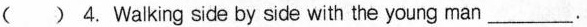
( ) 4. Walking side by side with the young man ___.